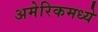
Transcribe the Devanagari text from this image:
अमेरिकमध्ये